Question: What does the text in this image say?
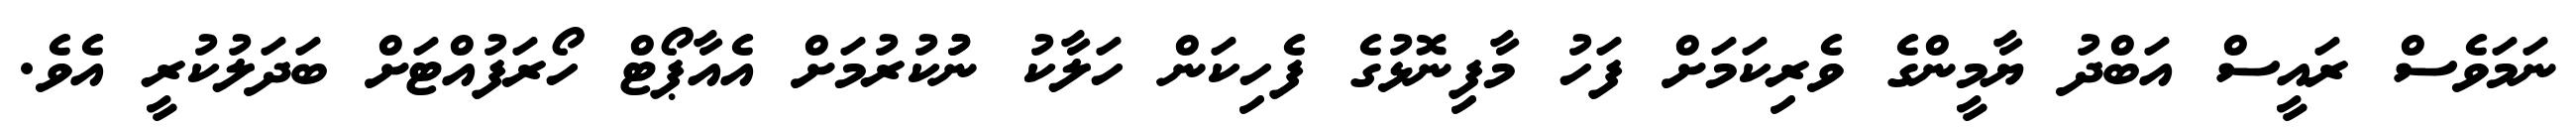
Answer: ނަމަވެސް ރައީސް އަބްދު ޔާމީންގެ ވެރިކަމަށް ފަހު މާފިނޮޅުގެ ފެހިކަން ހަލާކު ނުުކުރުމަށް އެއާޕޯޓް ހޯރަފުއްޓަށް ބަދަލުކުރީ އެވެ.